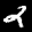
Label: 2